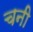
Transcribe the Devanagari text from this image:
चनी